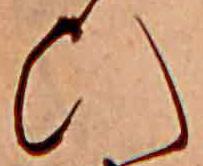
ひ